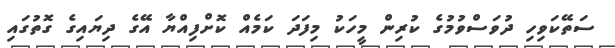
ސަތޭކަވިހި ދުވަސްވުމުގެ ކުރިން މީހަކު މިފަދަ ކަމެއް ކޮށްފިއްޔާ އޭގެ ދިޔައިގެ ގޮތުގައި